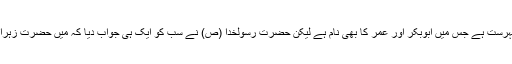
آپ سے شادی کرنے کے خواہشمندوں کی ایک طویل فہرست ہے جس میں ابوبکر اور عمر کا بھی نام ہے لیکن حضرت رسولخدا (ص) نے سب کو ایک ہی جواب دیا کہ میں حضرت زہرا (ع) کی شادی کے بارے میں وحی الہی کا منتظر ہوں۔